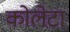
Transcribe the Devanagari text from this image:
कोलेटा